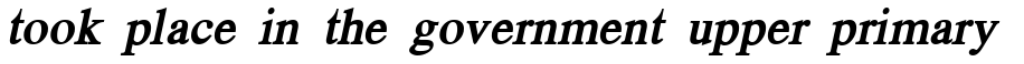
took place in the government upper primary